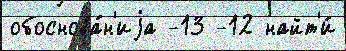
обоснова́н'иjа -13 -12 найт'и́